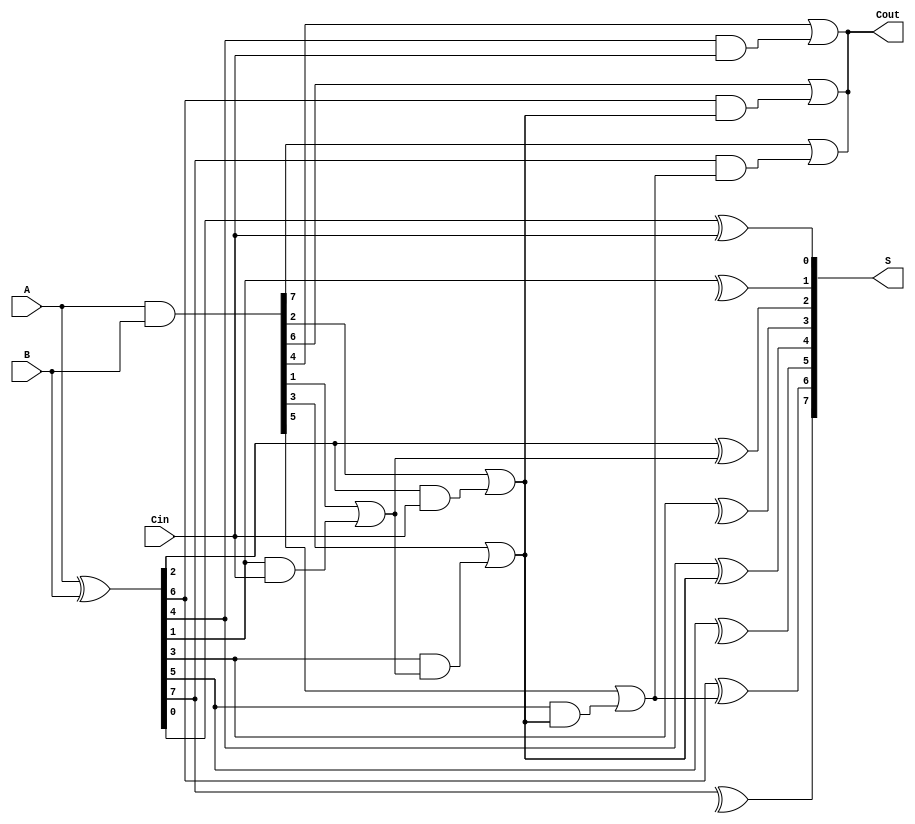
module KoggeStoneAdder #(parameter N = 8) (
    input  [N-1:0] A,
    input  [N-1:0] B,
    input          Cin,
    output [N-1:0] S,
    output         Cout
);

// Generate and Propagate signals
wire [N-1:0] G; // Generate signals
wire [N-1:0] P; // Propagate signals
wire [N:0] C;   // Carry signals

// Generate and Propagate computation
assign G = A & B;          // Generate
assign P = A ^ B;          // Propagate

// Carry-in
assign C[0] = Cin;

// Carry generation using Kogge-Stone structure
genvar i, j, k;
generate
    // Levels of carry generation
    for (i = 0; i < $clog2(N); i = i + 1) begin : carry_generation
        for (j = 0; j < N; j = j + (1 << (i + 1))) begin : level
            if (j + (1 << i) < N) begin
                assign C[j + (1 << (i + 1))] = G[j + (1 << i)] | (P[j + (1 << i)] & C[j]);
            end
        end
    end
endgenerate

// Sum generation
genvar m;
generate
    for (m = 0; m < N; m = m + 1) begin : sum_generation
        assign S[m] = P[m] ^ C[m];
    end
endgenerate

// Final carry out
assign Cout = C[N];

endmodule